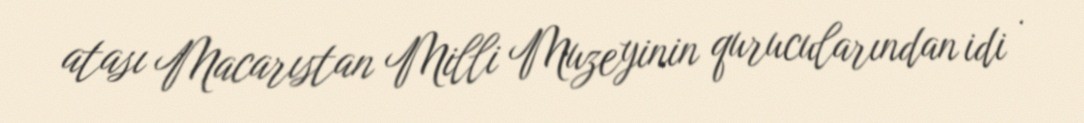
atası Macarıstan Milli Muzeyinin qurucularından idi .